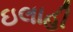
ઇલાહી